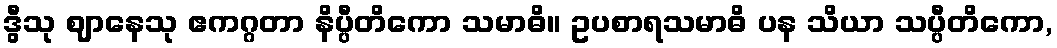
ဒွီသု ဈာနေသု ဧကဂ္ဂတာ နိပ္ပီတိကော သမာဓိ။ ဥပစာရသမာဓိ ပန သိယာ သပ္ပီတိကော,